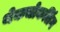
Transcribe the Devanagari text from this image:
थेकचोकलिंग